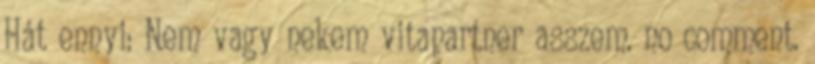
Hát ennyi: Nem vagy nekem vitapartner asszem. no comment.